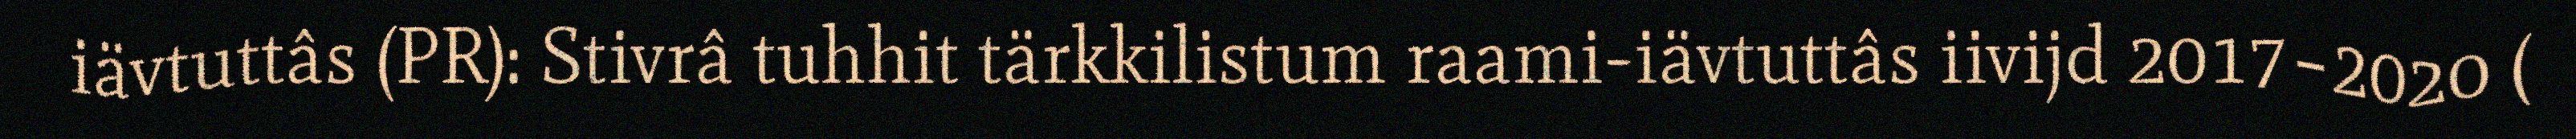
iävtuttâs (PR): Stivrâ tuhhit tärkkilistum raami-iävtuttâs iivijd 2017–2020 (